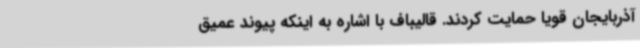
آذربایجان قویا حمایت کردند. قالیباف با اشاره به اینکه پیوند عمیق